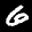
Label: 6